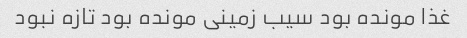
غذا مونده بود سیب زمینی مونده بود تازه نبود